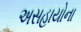
અસહાયોના